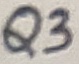
Text: Q3